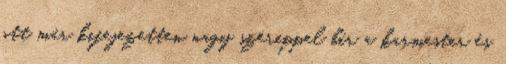
ott már kifejezetten nagy szereppel bír a karmester és